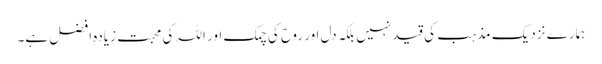
ہمارے نزدیک مذہب کی قید نہیں بلکہ دل اور روح کی چمک اور اللہ کی محبت زیادہ افضل ہے۔